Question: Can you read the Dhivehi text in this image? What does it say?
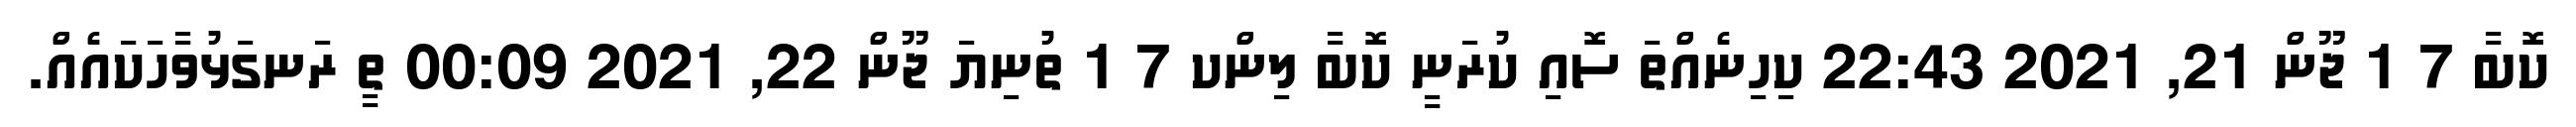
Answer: ކޮބާ 7 1 ޖޫން 21, 2021 22:43 ކިހިނެއްތަ ސޮއި ކުރަނީ ކޮބާ ލިންކ 7 1 ތުނިޔަ ޖޫން 22, 2021 00:09 ތީ ރަނގަޅުވާހަކައެއް.